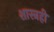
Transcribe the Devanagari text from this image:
शास्त्रही